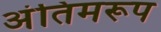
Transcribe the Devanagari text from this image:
अंतिमरूप